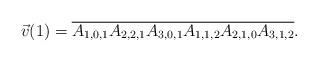
LaTeX: \begin{align*}\vec{v}(1) = \overline{A_{1,0,1} A_{2,2,1}A_{3,0,1}A_{1,1,2}A_{2,1,0}A_{3,1,2}}.\end{align*}